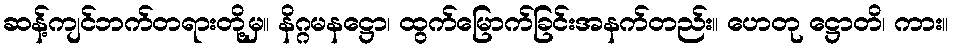
ဆန့်ကျင်ဘက်တရားတို့မှ။ နိဂ္ဂမနဋ္ဌော၊ ထွက်မြောက်ခြင်းအနက်တည်း။ ဟေတု ဋ္ဌောတိ၊ ကား။